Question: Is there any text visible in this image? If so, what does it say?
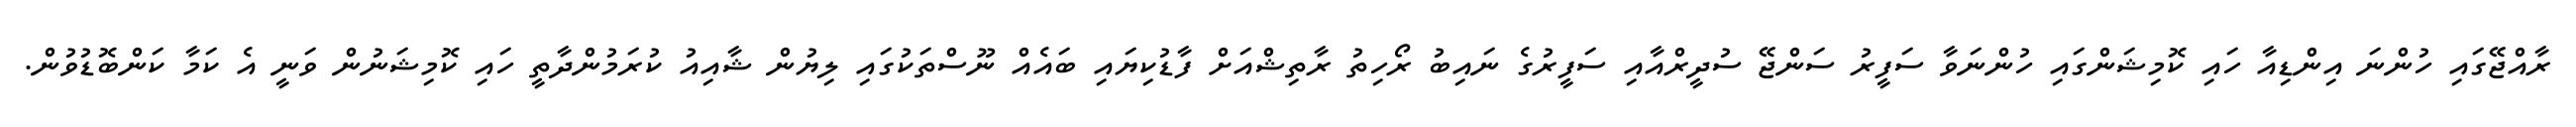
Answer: ރާއްޖޭގައި ހުންނަ އިންޑިއާ ހައި ކޮމިޝަންގައި ހުންނަވާ ސަފީރު ސަންޖޭ ސުދީރްއާއި ސަފީރުގެ ނައިބު ރޯހިތު ރާތިޝްއަށް ފާޑުކިޔައި ބައެއް ނޫސްތަކުގައި ލިޔުން ޝާއިއު ކުރަމުންދާތީ ހައި ކޮމިޝަނުން ވަނީ އެ ކަމާ ކަންބޮޑުވުން.